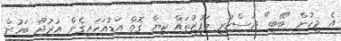
އެ މީހުން "ބޭބީ" ދަސްކުރީ ލަފުޒުތައް ކިޔާ ގޮތް އަޑުއަހައިގެން އުރުދޫ ބަހުން